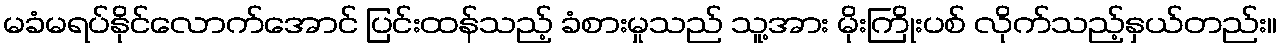
မခံမရပ်နိုင်လောက်အောင် ပြင်းထန်သည့် ခံစားမှုသည် သူ့အား မိုးကြိုးပစ် လိုက်သည့်နှယ်တည်း။